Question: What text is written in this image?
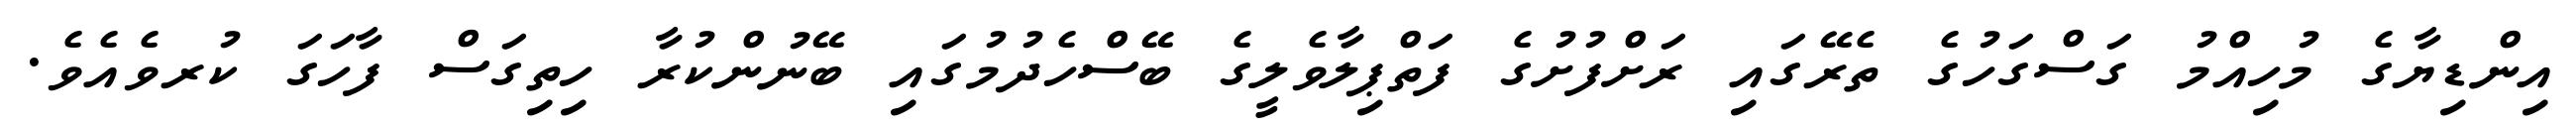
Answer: އިންޑިޔާގެ މުހިއްމު ގަސްގަހުގެ ތެރޭގައި ރަށްފުށުގެ ފަތްޕިލާވެލީގެ ބޭސްހެދުމުގައި ބޭނުންކުރާ ހިތިގަސް ފާހަގަ ކުރވެއެވެ.